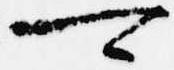
可